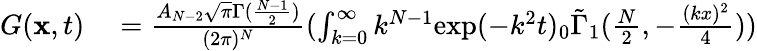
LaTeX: \begin{array}{rl}{G(\mathbf{x},t)}&{{}=\frac{A_{N-2}\sqrt{\pi}\Gamma(\frac{N-1}{2})}{(2\pi)^{N}}(\int_{k=0}^{\infty}k^{N-1}\mathrm{exp}(-k^{2}t){}_{0}\tilde{\Gamma}_{1}(\frac{N}{2},-\frac{(kx)^{2}}{4}))}\end{array}